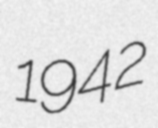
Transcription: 1942